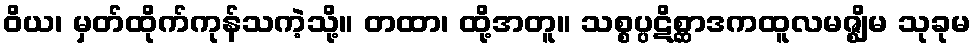
ဝိယ၊ မှတ်ထိုက်ကုန်သကဲ့သို့။ တထာ၊ ထို့အတူ။ သစ္စပ္ပဋိစ္ဆာဒကထူလမဇ္ဈိမ သုခုမ